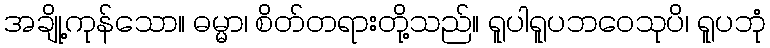
အချို့ကုန်သော။ ဓမ္မာ၊ စိတ်တရားတို့သည်။ ရူပါရူပဘဝေသုပိ၊ ရူပဘုံ